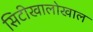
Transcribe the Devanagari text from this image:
सिटीखालोखाल